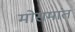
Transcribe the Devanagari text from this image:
मोसमांत